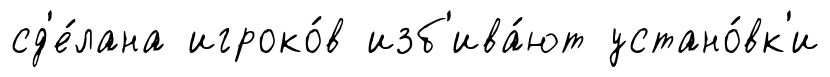
сд'е́лана игроко́в изб'ива́ют устано́вк'и